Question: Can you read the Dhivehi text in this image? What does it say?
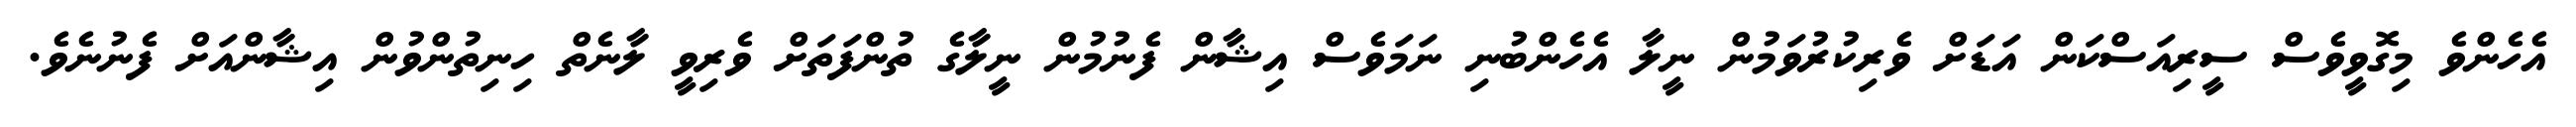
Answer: އެހެންވެ މިގޮވީވެސް ސީރިއަސްކަން އަޑަށް ވެރިކުރުވަމުން ނީލާ އެހެންބުނި ނަމަވެސް އިޝާން ފެނުމުން ނީލާގެ ތުންފަތަށް ވެރިވީ ލާނެތް ހިނިތުންވުން އިޝާންއަށް ފެނުނެވެ.